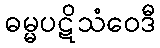
ဓမ္မပဋိသံဝေဒီ